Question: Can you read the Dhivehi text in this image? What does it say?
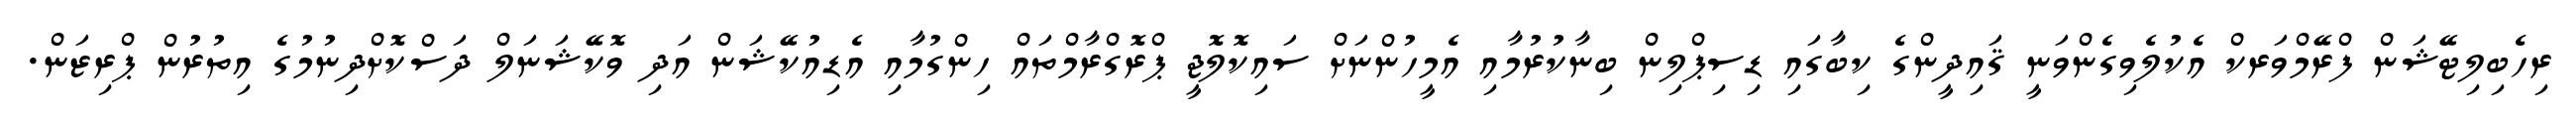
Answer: ރިހެބިލިޓޭޝަން ފްރޭމްވަރކް އެކުލެވިގެންވަނީ ޤައިދީންގެ ކިބާގައި ޑިސިޕްލިން ބިނާކުރުމާއި އެމީހުންނަށް ސައިކޮލޮޖީ ޕްރޮގްރާމްތައް ހިންގުމާއި އެޑިއުކޭޝަން އަދި ވޮކޭޝަނަލް ދަސްކޮށްދިނުމުގެ އިތުރުން ޕްރިޒަން.